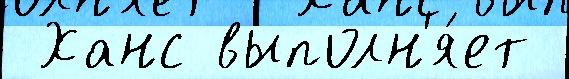
 Ханс выполн'я́ет